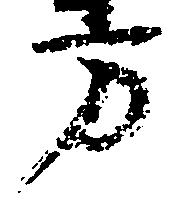
方